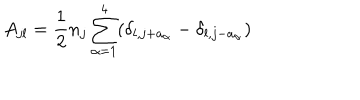
LaTeX: A _ { j l } = \frac 1 2 n _ { j } \sum _ { \alpha = 1 } ^ { 4 } ( \delta _ { l , j + a _ { \alpha } } - \delta _ { l , j - a _ { \alpha } } )